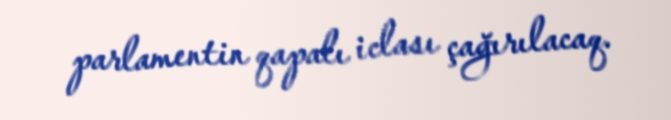
parlamentin qapalı iclası çağırılacaq.